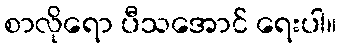
စာလိုရော ပီသအောင် ရေးပါ။